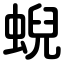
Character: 蜺